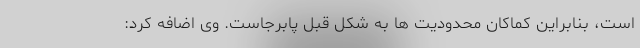
است، بنابراین کماکان محدودیت ها به شکل قبل پابرجاست. وی اضافه کرد: